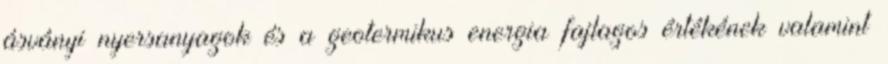
ásványi nyersanyagok és a geotermikus energia fajlagos értékének valamint